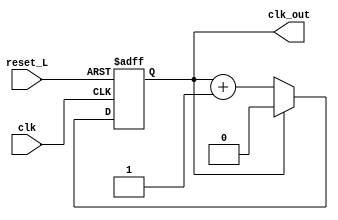
module MOD2_50_DC(
input clk,
input reset_L,
output clk_out
    );
    reg count = 'b0;
    always @ (posedge clk, negedge reset_L)
    begin
    if(!reset_L)
    count <= 'b0;
    else if (count == 'b1)
    count <= 'b0;
    else
    count <= count + 1'b1;
    end
    
    assign clk_out = count;
endmodule